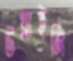
উথ্‌লাইলি